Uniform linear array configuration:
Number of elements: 12
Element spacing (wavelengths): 0.75
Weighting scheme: kaiser
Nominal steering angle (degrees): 60
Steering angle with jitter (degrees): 58.387
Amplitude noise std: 0.05
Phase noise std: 0.05

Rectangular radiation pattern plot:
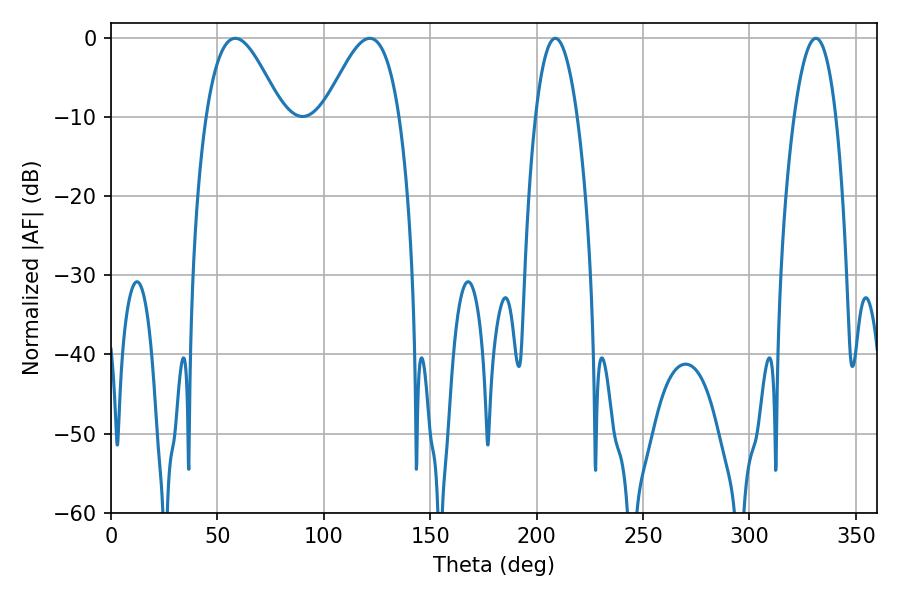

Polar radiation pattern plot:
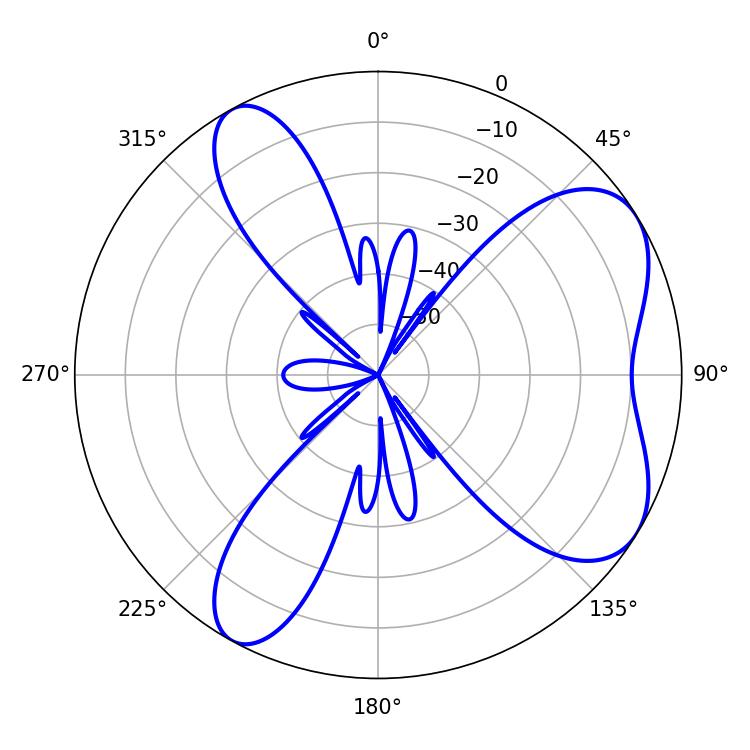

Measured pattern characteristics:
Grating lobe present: TRUE
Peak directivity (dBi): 6.375
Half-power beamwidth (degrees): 10.8
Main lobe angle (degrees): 208.8